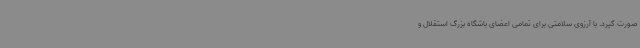
صورت گیرد. با آرزوی سلامتی برای تمامی اعضای باشگاه بزرگ استقلال و